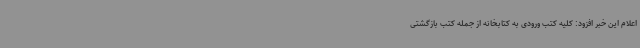
اعلام این خبر افزود: کلیه کتب ورودی به کتابخانه از جمله کتب بازگشتی